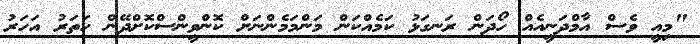
"މިއީ ވެސް އާމްދަނީއެއް ހޯދަން ރަނގަޅު ކަމެއްކަން މަންމަމެންނަށް ކޮންވީންސްކޮށްދޭން ހަތަރު އަހަރު